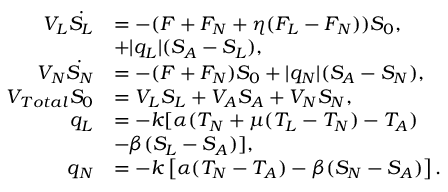
\begin{array} { r l } { V _ { L } \dot { S _ { L } } } & { = - ( F + F _ { N } + \eta ( F _ { L } - F _ { N } ) ) S _ { 0 } , } \\ & { + | q _ { L } | ( S _ { A } - S _ { L } ) , } \\ { V _ { N } \dot { S _ { N } } } & { = - ( F + F _ { N } ) S _ { 0 } + | q _ { N } | ( S _ { A } - S _ { N } ) , } \\ { V _ { T o t a l } S _ { 0 } } & { = V _ { L } S _ { L } + V _ { A } S _ { A } + V _ { N } S _ { N } , } \\ { q _ { L } } & { = - k [ \alpha ( T _ { N } + \mu ( T _ { L } - T _ { N } ) - T _ { A } ) } \\ & { - \beta ( S _ { L } - S _ { A } ) ] , } \\ { q _ { N } } & { = - k \left[ \alpha ( T _ { N } - T _ { A } ) - \beta ( S _ { N } - S _ { A } ) \right] . } \end{array}